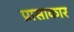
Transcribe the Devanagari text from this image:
प्रासाकार